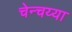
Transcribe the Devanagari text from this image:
चेन्चय्या